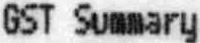
GST SUMMARY